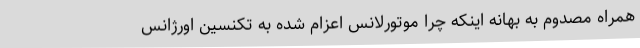
همراه مصدوم به بهانه اینکه چرا موتورلانس اعزام شده به تکنسین اورژانس